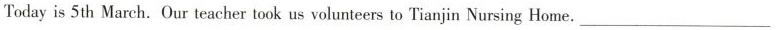
Today is 5th March.Our teacher took us volunteers to Tianjin Nursing Home.___